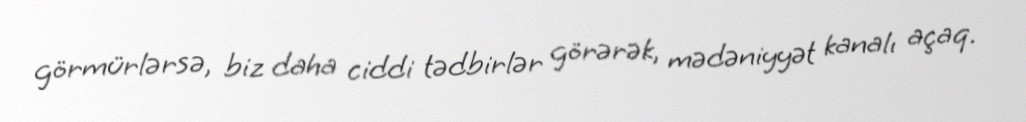
görmürlərsə, biz daha ciddi tədbirlər görərək, mədəniyyət kanalı açaq.